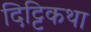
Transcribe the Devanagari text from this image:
दिट्टिकथा